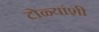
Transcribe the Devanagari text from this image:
टोळ्यांशी